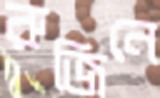
রুজিনে